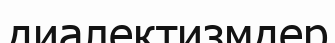
диалектизмдер